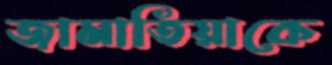
জামাতিয়াকে